Vaccination in Burma 1920-1933 - 1920-1933
Year: 1920
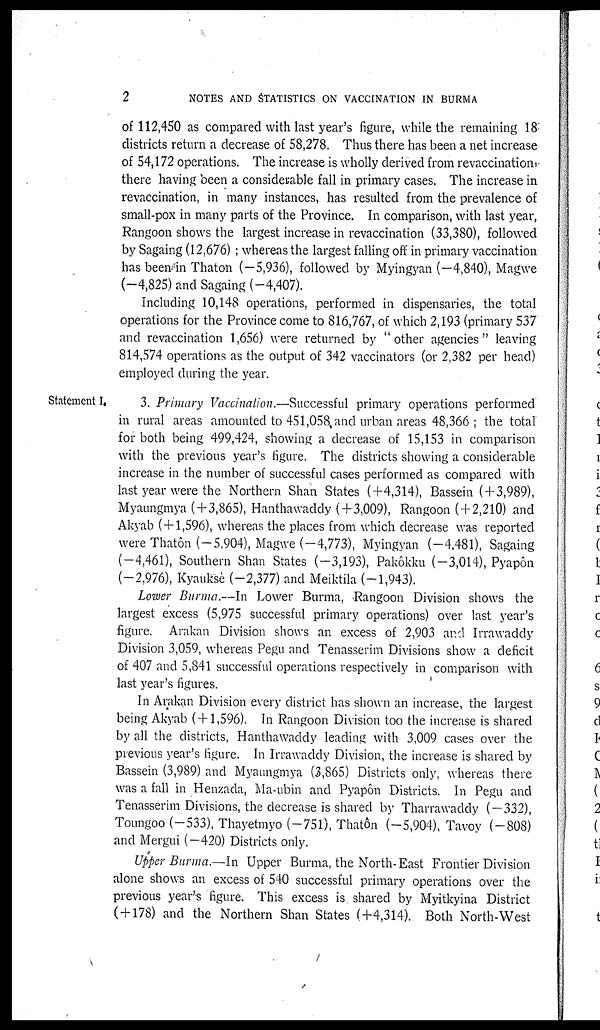
2
NOTES AND STATISTICS ON VACCINATION IN BURMA
of 112,450 as compared with last year's figure, while the remaining 18:
districts return a decrease of 58,278. Thus there has been a net increase
of 54,172 operations. The increase is wholly derived from revaccination,
there having been a considerable fall in primary cases. The increase in
revaccination, in many instances, has resulted from the prevalence of
small-pox in many parts of the Province. In comparison, with last year,
Rangoon shows the largest increase in revaccination (33,380), followed
by Sagaing (12,676) ; whereas the largest falling off in primary vaccination
has been in Thaton (—5,936), followed by Myingyan (—4,840), Magwe
(-4,825) and Sagaing (-4,407).
Including 10,148 operations, performed in dispensaries, the total
operations for the Province come to 816,767, of which 2,193 (primary 537
and revaccination 1,656) were returned by "other agencies" leaving
814,574 operations as the output of 342 vaccinators (or 2,382 per head)
employed during the year.
Statement I,
3. Primary Vaccination.—Successful primary operations performed
in rural areas amounted to 451,058, and urban areas 48,366; the total
for both being 499,424, showing a decrease of 15,153 in comparison
with the previous year's figure. The districts showing a considerable
increase in the number of successful cases performed as compared with
last year were the Northern Shan States (+4,314), Bassein (+3,989),
Myaungmya (+3,865), Hanthawaddy ( + 3,009), Rangoon (+2,210) and
Akyab (+1,596), whereas the places from which decrease was reported
were Thatôn (-5,904), Magwe (-4,773), Myingyan (-4,481), Sagaing
(-4,461), Southern Shan States (-3,193), Pakôkku (-3,014), Pyapôn
(-2,976), Kyauksè (-2,377) and Meiktila (-1,943).
Lower Burma.—In Lower Burma, Rangoon Division shows the
largest excess (5,975 successful primary operations) over last year's
figure. Arakan Division shows an excess of 2,903 and Irrawaddy
Division 3,059, whereas Pegu and Tenasserim Divisions show a deficit
of 407 and 5,841 successful operations respectively in comparison with
last year's figures.
In Arakan Division every district has shown an increase, the largest
being Akyab ( + 1,596). In Rangoon Division too the increase is shared
by all the districts, Hanthawaddy leading with 3,009 cases over the
previous year's figure. In Irrawaddy Division, the increase is shared by
Bassein (3,989) and Myaungmya (3,865) Districts only, whereas there
was a fall in Henzada, Ma-ubin and Pyapôn Districts. In Pegu and
Tenasserim Divisions, the decrease is shared by Tharrawaddy (—332),
Toungoo (-533), Thayetmyo (-751), Thatôn (-5,904), Tavoy (-808)
and Mergui (—420) Districts only.
Upper Burma.—In Upper Burma, the North-East Frontier Division
alone shows an excess of 540 successful primary operations over the
previous year's figure. This excess is shared by Myitkyina District
( + 178) and the Northern Shan States (+4,314). Both North-West